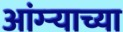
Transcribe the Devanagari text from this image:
आंग्र्‍याच्या